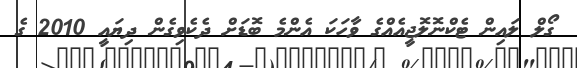
ގޯލް ލައިން ޓެކްނޮލޮޖީއެއްގެ ވާހަކަ އެންމެ ބޮޑަށް ދެކެވިގެން ދިޔައީ 2010 ގެ